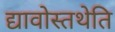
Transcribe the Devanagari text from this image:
द्यावोस्तथेति